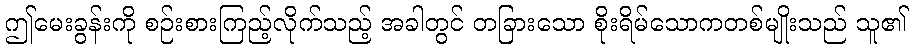
ဤမေးခွန်းကို စဉ်းစားကြည့်လိုက်သည့် အခါတွင် တခြားသော စိုးရိမ်သောကတစ်မျိုးသည် သူ၏